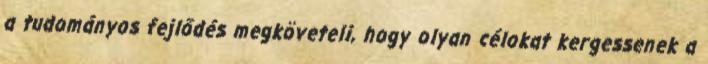
a tudományos fejlődés megköveteli, hogy olyan célokat kergessenek a